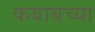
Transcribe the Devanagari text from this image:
कबाबच्या